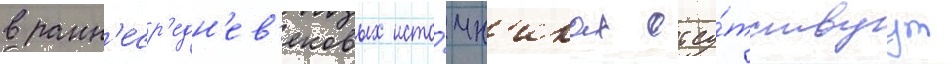
в ранн'еср'едн'ев'ековых исто́чн'иках отсу́тствуут